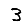
Digit: 3